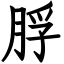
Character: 脬